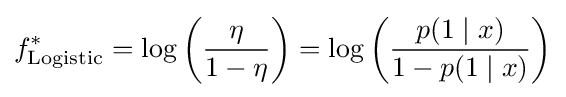
f_{\text{Logistic}}^{*}=\log \left({\frac {\eta }{1-\eta }}\right)=\log \left({\frac {p(1\mid x)}{1-p(1\mid x)}}\right)